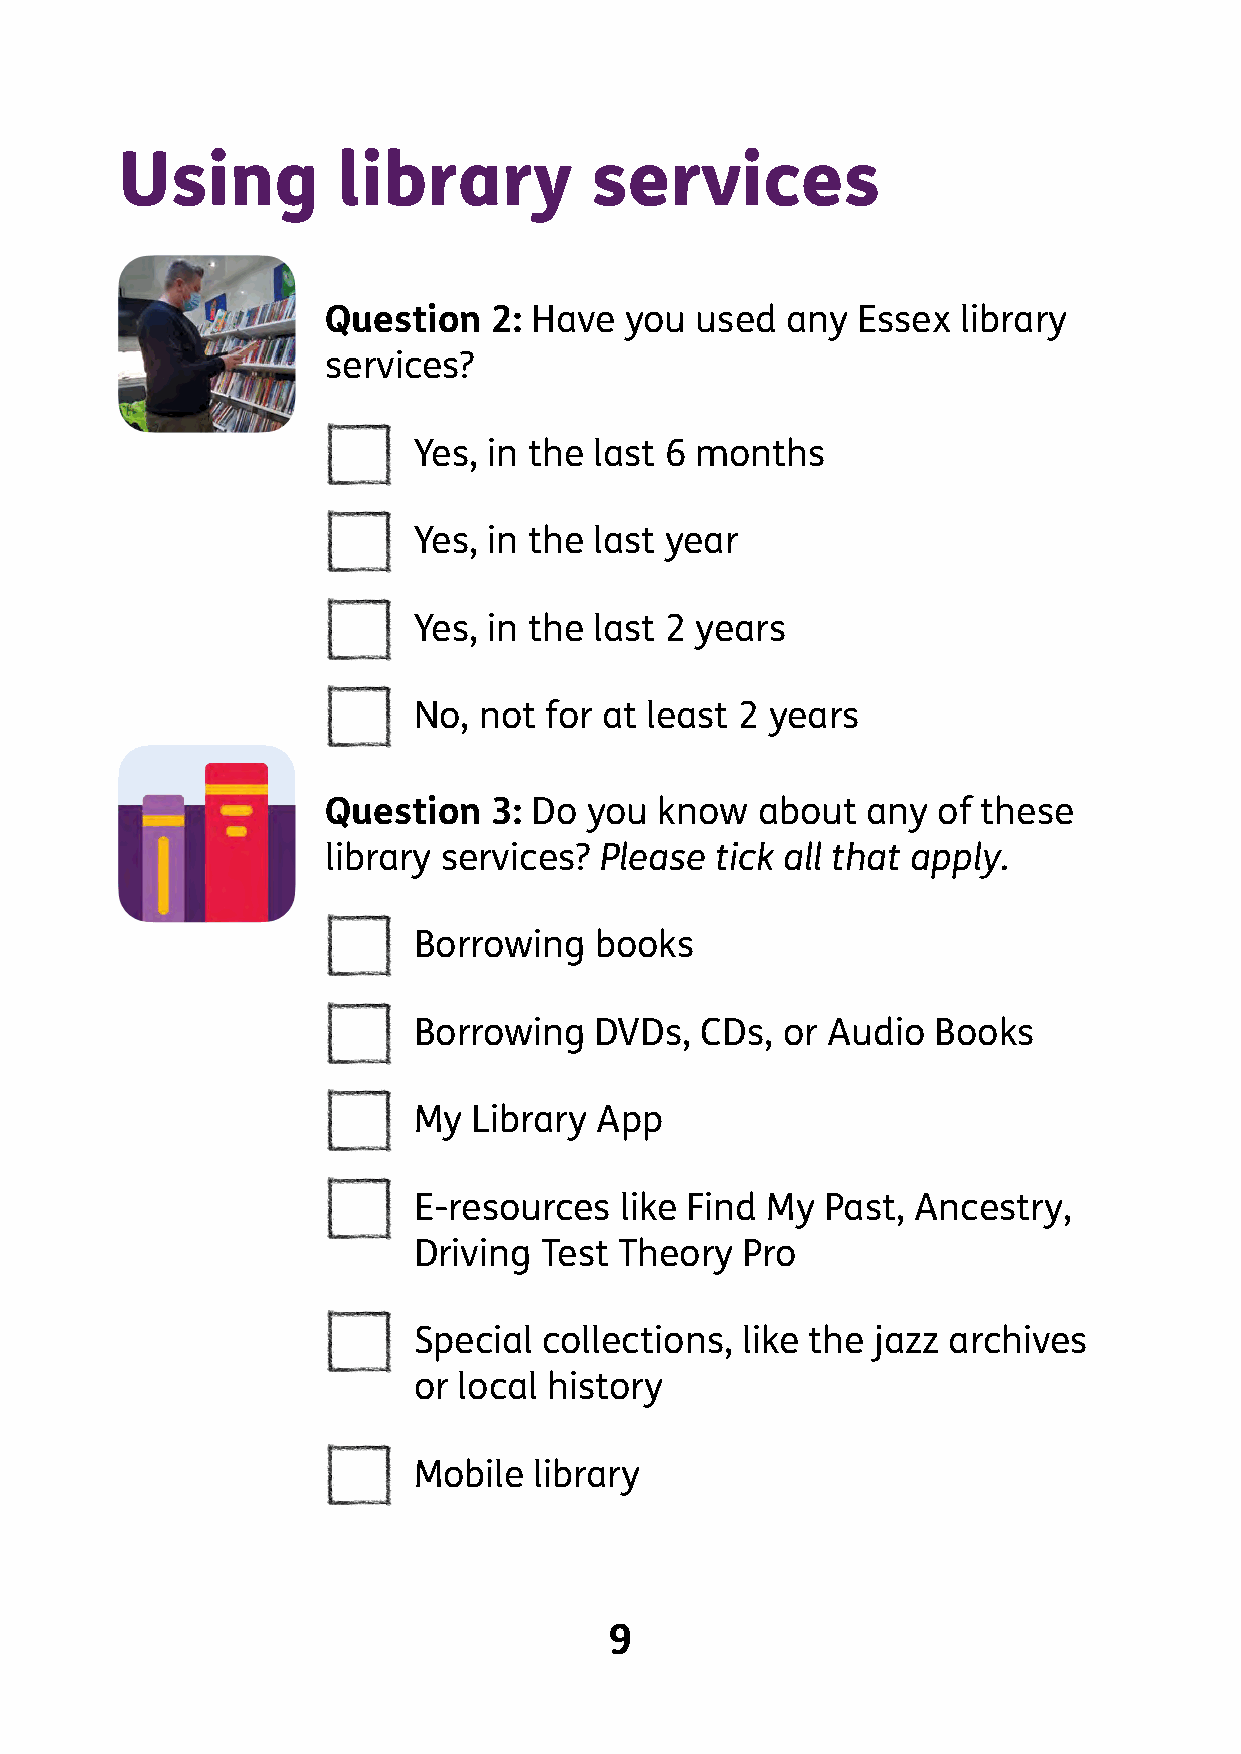
Using         library          services
 Question  2: Have  you  used  any  Essex  library
 services?
 □    Yes, in the last 6 months
 □    Yes, in the last year
 □    Yes, in the last 2 years
 □    No,  not for at least 2 years
 -
 -
 Question  3: Do  you know   about  any  of these
 I    -
 library services? Please tick all that apply.
 □    Borrowing   books
 □    Borrowing   DVDs,  CDs,  or Audio  Books
 □    My  Library App
 □    E-resources   like Find My  Past, Ancestry,
 Driving  Test Theory  Pro
 □    Special  collections, like the jazz archives
 or local history
 □    Mobile  library
 9